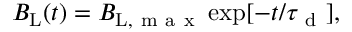
B _ { \mathrm { L } } ( t ) = B _ { \mathrm { L } , \mathrm { ~ m ~ a ~ x ~ } } \exp [ - t / \tau _ { \mathrm { ~ d ~ } } ] ,